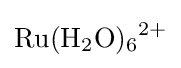
{\ce {Ru(H2O)6^2+}}